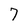
Character: 7